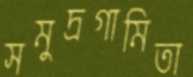
সমুদ্রগামিতা